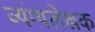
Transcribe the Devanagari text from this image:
व्यंग्यलेखक